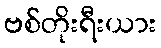
ဗစ်တိုးရီးယား